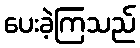
ပေးခဲ့ကြသည်